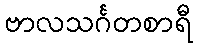
ဗာလသင်္ဂတစာရီ